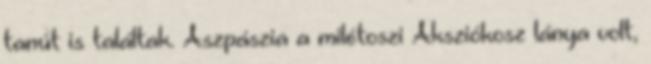
tanút is találtak. Aszpászia a milétoszi Aksziókosz lánya volt,